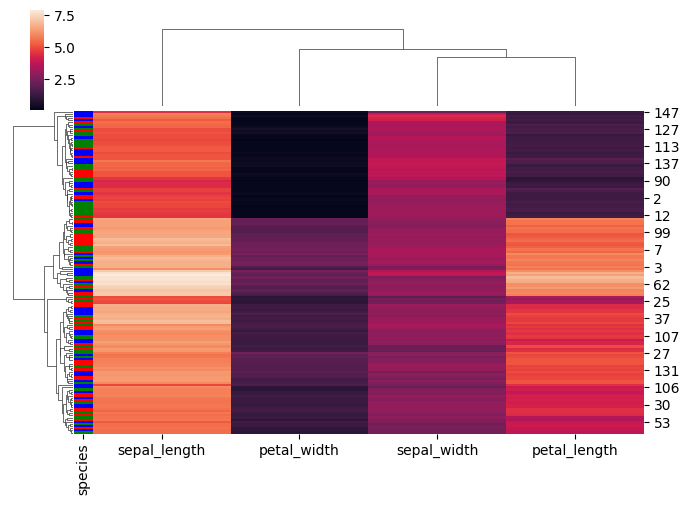
python, seaborn, clustermap, figsize=(7, 5), row_cluster=True, dendrogram_ratio=(0.1, 0.2), cbar_pos=(0.05, 0.8, 0.02, 0.2)